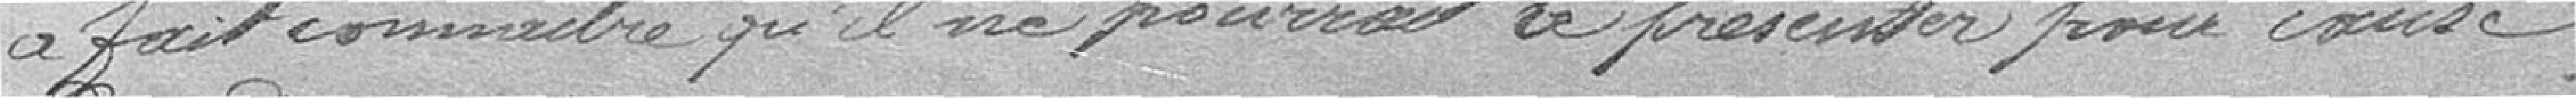
a fait connaître qu'il ne pourrait se présenter pour cause